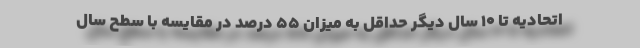
اتحادیه تا ۱۰ سال دیگر حداقل به میزان ۵۵ درصد در مقایسه با سطح سال